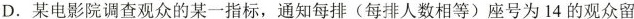
D.某电影院调查观众的某一指标，通知每排(每排人数相等)座号为14的观众留